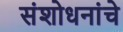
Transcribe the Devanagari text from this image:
संशोधनांचे